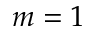
m = 1